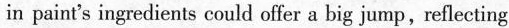
in paint’s ingredients could offer a big jump, reflecting